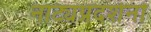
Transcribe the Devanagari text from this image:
नाट्यप्रदर्शनों